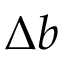
\Delta b